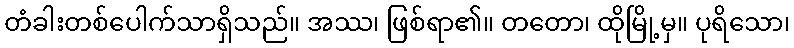
တံခါးတစ်ပေါက်သာရှိသည်။ အဿ၊ ဖြစ်ရာ၏။ တတော၊ ထိုမြို့မှ။ ပုရိသော၊